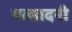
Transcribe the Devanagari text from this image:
वत्सादनी